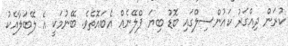
ކުރަން ދިއްގަރު ކައުންސިލްގައި ބޮޑު ބިޔަ ޕްލޭނެއް އެބައޮތެވެ. ބޭނުމަކީ އެ ލޭބަލާއެކު